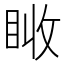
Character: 𥅪